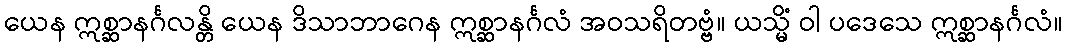
ယေန ဣစ္ဆာနင်္ဂလန္တိ ယေန ဒိသာဘာဂေန ဣစ္ဆာနင်္ဂလံ အဝသရိတဗ္ဗံ။ ယသ္မိံ ဝါ ပဒေသေ ဣစ္ဆာနင်္ဂလံ။